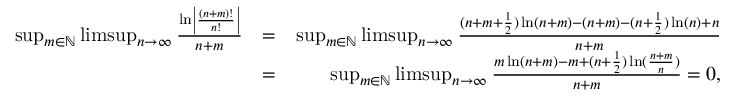
\begin{array} { r l r } { \operatorname* { s u p } _ { m \in \mathbb { N } } \operatorname* { l i m s u p } _ { n \rightarrow \infty } \frac { \ln \left| \frac { ( n + m ) ! } { n ! } \right| } { n + m } } & { = } & { \operatorname* { s u p } _ { m \in \mathbb { N } } \operatorname* { l i m s u p } _ { n \rightarrow \infty } \frac { ( n + m + \frac { 1 } { 2 } ) \ln ( n + m ) - ( n + m ) - ( n + \frac { 1 } { 2 } ) \ln ( n ) + n } { n + m } } \\ & { = } & { \operatorname* { s u p } _ { m \in \mathbb { N } } \operatorname* { l i m s u p } _ { n \rightarrow \infty } \frac { m \ln ( n + m ) - m + ( n + \frac { 1 } { 2 } ) \ln ( \frac { n + m } { n } ) } { n + m } = 0 , } \end{array}